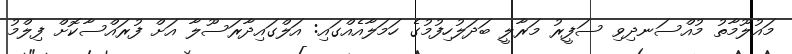
މައުލޫމާތު މުއްސަނދިވި ސަފީރު މަރާލީ ބަދަލުހިފުމުގެ ހަމަލާއެއްގައި: އަލްގައިދާރަސޫލާ އަށް ފުރައްސާކޮށް ފިލްމު